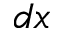
d x